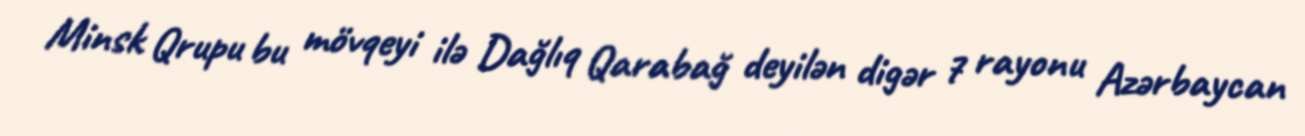
Minsk Qrupu bu mövqeyi ilə Dağlıq Qarabağ deyilən digər 7 rayonu Azərbaycan